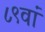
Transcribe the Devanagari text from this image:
८९वां